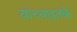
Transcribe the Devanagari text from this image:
यांच्याइतके